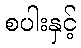
စပါးနှင့်